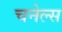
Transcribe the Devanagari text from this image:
चनेल्स